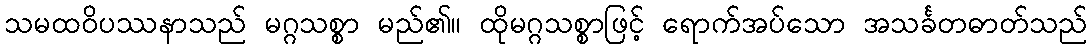
သမထဝိပဿနာသည် မဂ္ဂသစ္စာ မည်၏။ ထိုမဂ္ဂသစ္စာဖြင့် ရောက်အပ်သော အသင်္ခတဓာတ်သည်